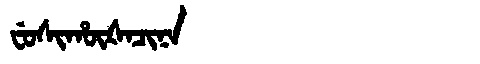
Manchu: ᠸᡠᠰᡳᡥᡡᡧᠠᠴᡳᠨᠠ
Romanization: FUSIHŪŠACINA